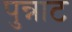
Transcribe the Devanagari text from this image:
पुन्नाट